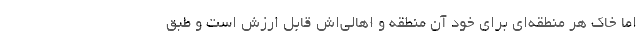
اما خاک هر منطقه‌ای برای خود آن منطقه و اهالی‌اش قابل ارزش است و طبق